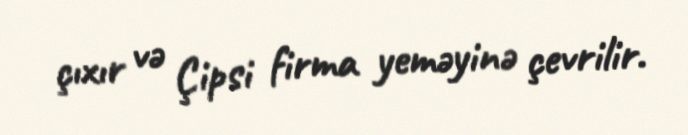
çıxır və Çipsi firma yeməyinə çevrilir.